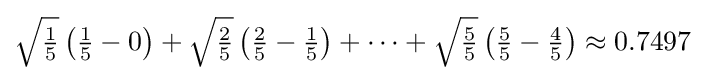
\textstyle {\sqrt {\frac {1}{5}}}\left({\frac {1}{5}}-0\right)+{\sqrt {\frac {2}{5}}}\left({\frac {2}{5}}-{\frac {1}{5}}\right)+\cdots +{\sqrt {\frac {5}{5}}}\left({\frac {5}{5}}-{\frac {4}{5}}\right)\approx 0.7497